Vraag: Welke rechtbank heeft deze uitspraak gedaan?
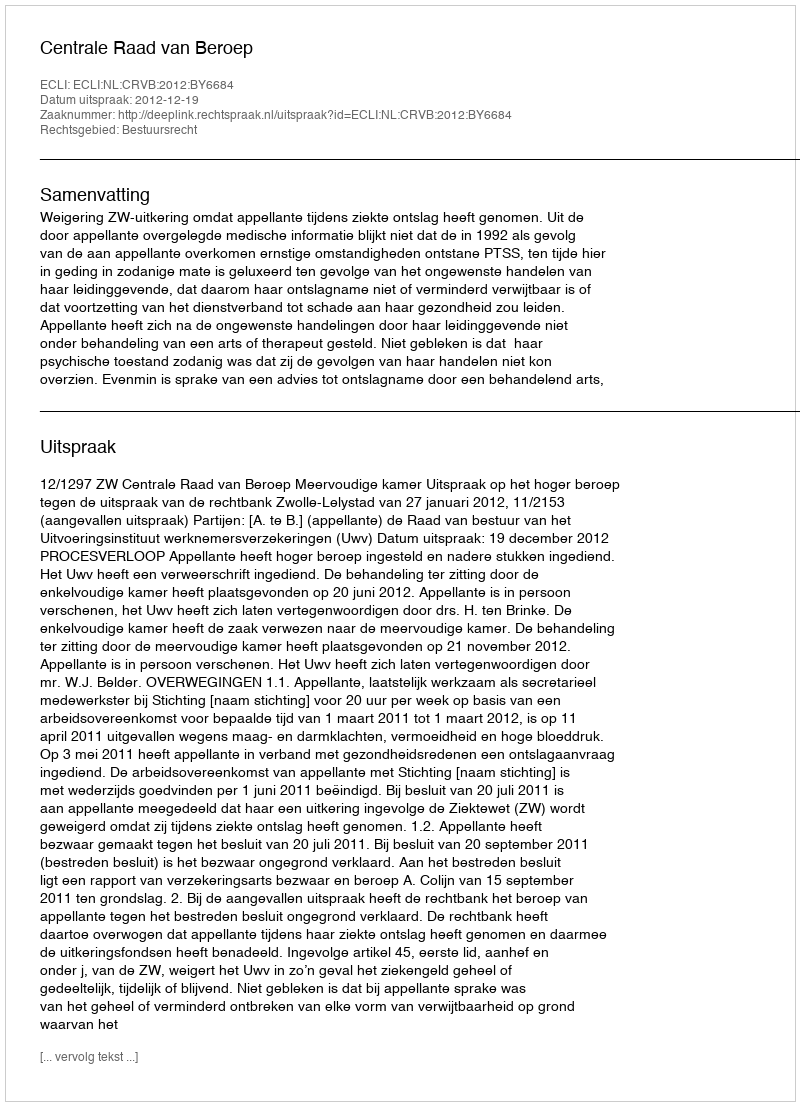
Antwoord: Centrale Raad van Beroep